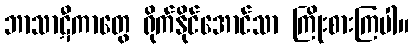
ဘာသာဋီကာတွေ ရိုက်နိုင်အောင်သာ ကြိုးစားကြပါ။